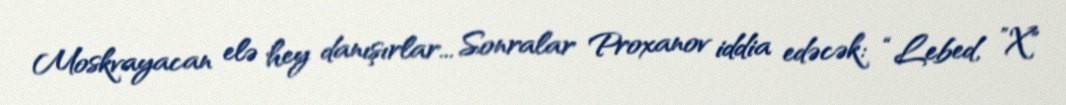
Moskvayacan elə hey danışırlar... Sonralar Proxanov iddia edəcək: “Lebed, ”X"